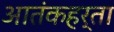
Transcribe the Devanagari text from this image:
आतंकहर्ता